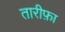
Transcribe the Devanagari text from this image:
तारीफ़ा